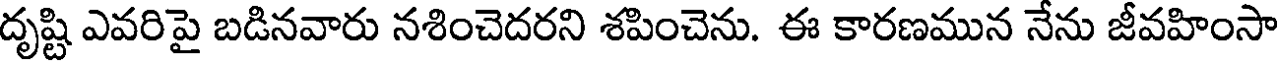
దృష్టి ఎవరిపై బడినవారు నశించెదరని శపించెను. ఈ కారణమున నేను జీవహింసా